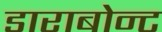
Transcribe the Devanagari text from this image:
डाराबोन्ट